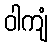
ဝါကျံ